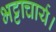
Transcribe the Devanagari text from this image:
भट्टाचार्य।